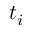
t _ { i }